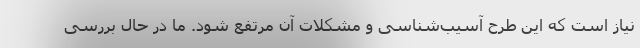
نیاز است که این طرح آسیب‌شناسی و مشکلات آن مرتفع شود. ما در حال بررسی